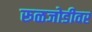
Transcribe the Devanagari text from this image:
रूळजोडीवर